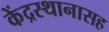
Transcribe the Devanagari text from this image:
केंद्रस्थानासह